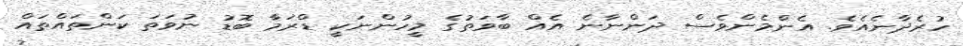
ހުރެދާނެއެވެ. އެންމެންވެސް ދަންނާނެ އެއް ބާވަތުގެ މީހުންނަކީ ޑްރަމާ ބޮޑު ނުވަތަ ކަންތައްތައް